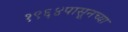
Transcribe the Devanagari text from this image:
१९६४पासूनच्या